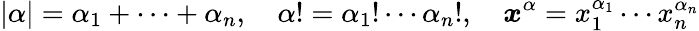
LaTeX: |\alpha|=\alpha_{1}+\cdots+\alpha_{n},\quad\alpha!=\alpha_{1}!\cdots\alpha_{n}!,\quad{\boldsymbol{x}}^{\alpha}=x_{1}^{\alpha_{1}}\cdots x_{n}^{\alpha_{n}}